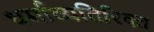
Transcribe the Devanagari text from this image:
धर्माव्यतिरिक्त